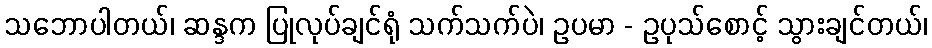
သဘောပါတယ်၊ ဆန္ဒက ပြုလုပ်ချင်ရုံ သက်သက်ပဲ၊ ဥပမာ - ဥပုသ်စောင့် သွားချင်တယ်၊